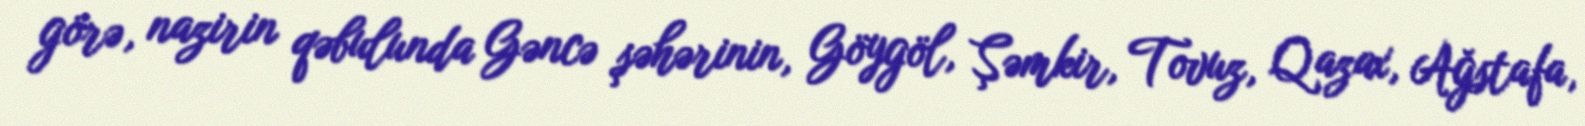
görə, nazirin qəbulunda Gəncə şəhərinin, Göygöl, Şəmkir, Tovuz, Qazax, Ağstafa,